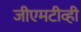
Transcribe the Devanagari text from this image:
जीएमटीव्ही